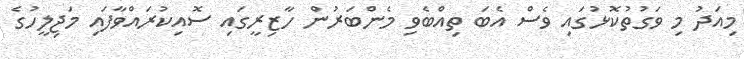
މިއަދު މި ވަގުތުކޮޅުގައި ވެސް އެބަ ތިއްބެވި މެންބަރުން ހާޒިރީގައި ސޮއިކުރައްވާފައި މަޖިލީހުގެ